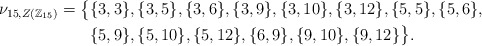
\begin{align*}\nu_{15,Z(\mathbb{Z}_{15})} = \big\{&\{3,3\}, \{3,5\}, \{3,6\}, \{3,9\}, \{3,10\}, \{3,12\}, \{5,5\}, \{5,6\},\\& \{5,9\}, \{5,10\}, \{5,12\}, \{6,9\}, \{9,10\}, \{9,12\}\big\}.\end{align*}